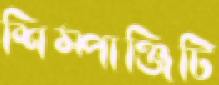
শিম্পাঞ্জিটি